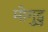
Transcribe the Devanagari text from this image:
मोगुडु